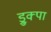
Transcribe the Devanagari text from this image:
ड्रुक्पा